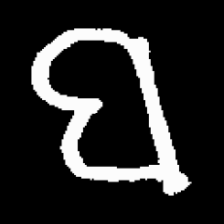
Pyu character \u2014 Myanmar letter: ဗ (romanized: ba)